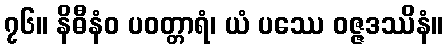
၇၆။ နိဓီနံဝ ပဝတ္တာရံ၊ ယံ ပဿေ ဝဇ္ဇဒဿိနံ။